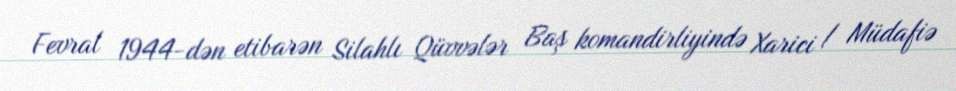
Fevral 1944-dən etibarən Silahlı Qüvvələr Baş komandirliyində Xarici / Müdafiə